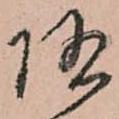
随